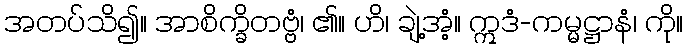
အတပ်သိ၍။ အာစိက္ခိတဗ္ဗံ၊ ၏။ ဟိ၊ ချဲ့အံ့။ ဣဒံ-ကမ္မဋ္ဌာနံ၊ ကို။